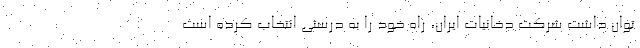
توان داشت شرکت دخانیات ایران، راه خود را به درستی انتخاب کرده است